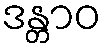
ဒန္တာဝ